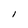
Character: I